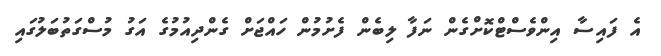
އެ ފައިސާ އިންވެސްޓްކޮށްގެން ނަފާ ލިބެން ފެށުމުން ހައްޖަށް ގެންދިއުމުގެ އަގު މުސްގަތުބަލުގައި